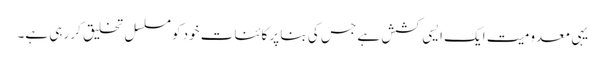
یہی معدومیت ایک ایسی کشش ہے جس کی بنا پر کائنات خود کو مسلسل تخلیق کر رہی ہے۔